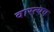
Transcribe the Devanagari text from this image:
वास्त्यव